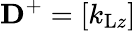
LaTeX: \mathbf{D}^{+}=\left[\begin{array}{l}{k_{\mathrm{L}z}}\end{array}\right]